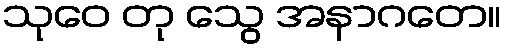
သုဝေ တု သွေ အနာဂတေ။